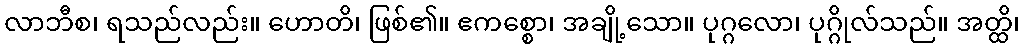
လာဘီစ၊ ရသည်လည်း။ ဟောတိ၊ ဖြစ်၏။ ဧကစ္စော၊ အချို့သော။ ပုဂ္ဂလော၊ ပုဂ္ဂိုလ်သည်။ အတ္ထိ၊